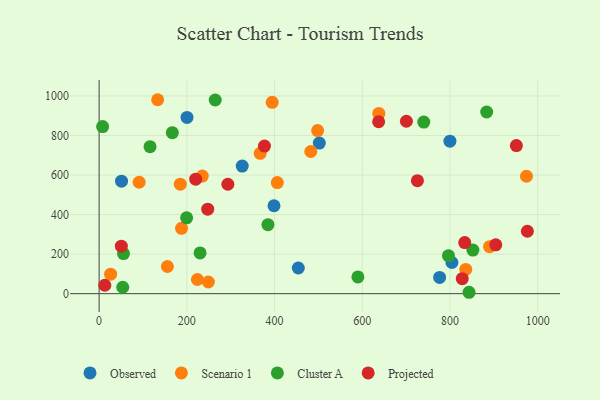
{"axis": {"x": "Experience", "y": "Salary"}, "legend": ["Cluster A", "Observed", "Projected", "Scenario 1"], "data": [{"x": "776.3", "y": 82.2, "type": "Observed"}, {"x": "454.1", "y": 129.7, "type": "Observed"}, {"x": "398.7", "y": 444.6, "type": "Observed"}, {"x": "502.0", "y": 761.8, "type": "Observed"}, {"x": "51.1", "y": 569.2, "type": "Observed"}, {"x": "326.3", "y": 645.3, "type": "Observed"}, {"x": "804.4", "y": 157.6, "type": "Observed"}, {"x": "799.8", "y": 771.4, "type": "Observed"}, {"x": "200.4", "y": 891.8, "type": "Observed"}, {"x": "835.9", "y": 122.5, "type": "Scenario 1"}, {"x": "235.2", "y": 594.6, "type": "Scenario 1"}, {"x": "26.2", "y": 98.5, "type": "Scenario 1"}, {"x": "91.3", "y": 563.5, "type": "Scenario 1"}, {"x": "187.9", "y": 330.5, "type": "Scenario 1"}, {"x": "224.1", "y": 71.7, "type": "Scenario 1"}, {"x": "974.3", "y": 593.9, "type": "Scenario 1"}, {"x": "637.8", "y": 911.9, "type": "Scenario 1"}, {"x": "185.0", "y": 554.1, "type": "Scenario 1"}, {"x": "367.2", "y": 710.1, "type": "Scenario 1"}, {"x": "155.7", "y": 137.3, "type": "Scenario 1"}, {"x": "498.2", "y": 824.8, "type": "Scenario 1"}, {"x": "406.2", "y": 562.2, "type": "Scenario 1"}, {"x": "133.5", "y": 981.1, "type": "Scenario 1"}, {"x": "482.6", "y": 719.2, "type": "Scenario 1"}, {"x": "394.6", "y": 967.8, "type": "Scenario 1"}, {"x": "249.0", "y": 58.9, "type": "Scenario 1"}, {"x": "890.2", "y": 237.9, "type": "Scenario 1"}, {"x": "883.6", "y": 919.1, "type": "Cluster A"}, {"x": "264.7", "y": 979.8, "type": "Cluster A"}, {"x": "55.6", "y": 203.0, "type": "Cluster A"}, {"x": "796.5", "y": 192.2, "type": "Cluster A"}, {"x": "590.0", "y": 84.8, "type": "Cluster A"}, {"x": "53.9", "y": 32.4, "type": "Cluster A"}, {"x": "384.9", "y": 349.1, "type": "Cluster A"}, {"x": "166.9", "y": 814.3, "type": "Cluster A"}, {"x": "199.5", "y": 383.7, "type": "Cluster A"}, {"x": "230.2", "y": 205.9, "type": "Cluster A"}, {"x": "852.2", "y": 220.7, "type": "Cluster A"}, {"x": "116.1", "y": 743.7, "type": "Cluster A"}, {"x": "740.2", "y": 867.9, "type": "Cluster A"}, {"x": "8.0", "y": 845.2, "type": "Cluster A"}, {"x": "843.4", "y": 7.0, "type": "Cluster A"}, {"x": "700.6", "y": 872.1, "type": "Projected"}, {"x": "293.5", "y": 553.5, "type": "Projected"}, {"x": "725.7", "y": 571.8, "type": "Projected"}, {"x": "976.4", "y": 315.7, "type": "Projected"}, {"x": "833.6", "y": 258.3, "type": "Projected"}, {"x": "904.3", "y": 247.0, "type": "Projected"}, {"x": "247.6", "y": 427.3, "type": "Projected"}, {"x": "220.2", "y": 579.1, "type": "Projected"}, {"x": "13.0", "y": 42.6, "type": "Projected"}, {"x": "827.9", "y": 76.0, "type": "Projected"}, {"x": "637.3", "y": 869.6, "type": "Projected"}, {"x": "951.3", "y": 749.2, "type": "Projected"}, {"x": "377.0", "y": 746.7, "type": "Projected"}, {"x": "50.7", "y": 240.1, "type": "Projected"}]}